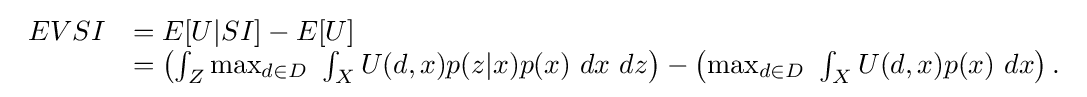
{\begin{array}{rl}EVSI&=E[U|SI]-E[U]\\&=\left(\int _{Z}\max _{d\in D}~\int _{X}U(d,x)p(z|x)p(x)~dx~dz\right)-\left(\max _{d\in D}~\int _{X}U(d,x)p(x)~dx\right).\end{array}}